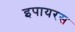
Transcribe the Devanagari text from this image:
इपायरस